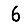
Digit: 6